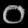
Digit: ၀